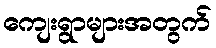
ကျေးရွာများအတွက်